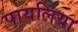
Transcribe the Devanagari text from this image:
पायलिया